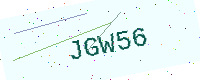
Text: JGW56